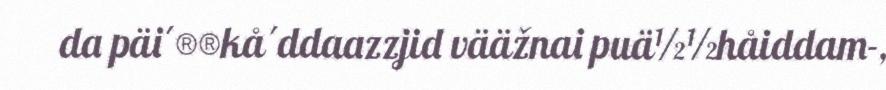
da päi´®®kå´ddaazzjid vääžnai puä½½håiddam-,